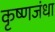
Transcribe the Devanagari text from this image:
कृष्णजंधा